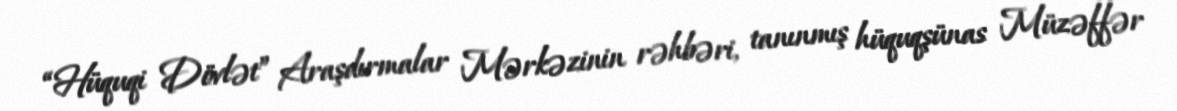
“Hüquqi Dövlət” Araşdırmalar Mərkəzinin rəhbəri, tanınmış hüquqşünas Müzəffər